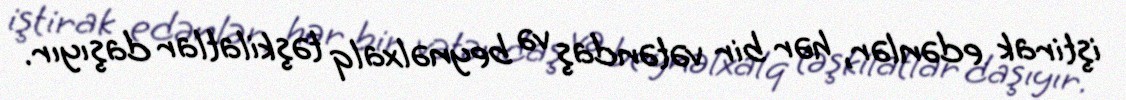
iştirak edənlər, hər bir vətəndaş və beynəlxalq təşkilatlar daşıyır.